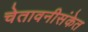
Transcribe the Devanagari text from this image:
चेतावनीसंकेत